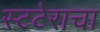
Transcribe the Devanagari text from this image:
स्टटेराचा